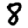
Digit: 8